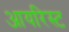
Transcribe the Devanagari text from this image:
आयरिस्ट